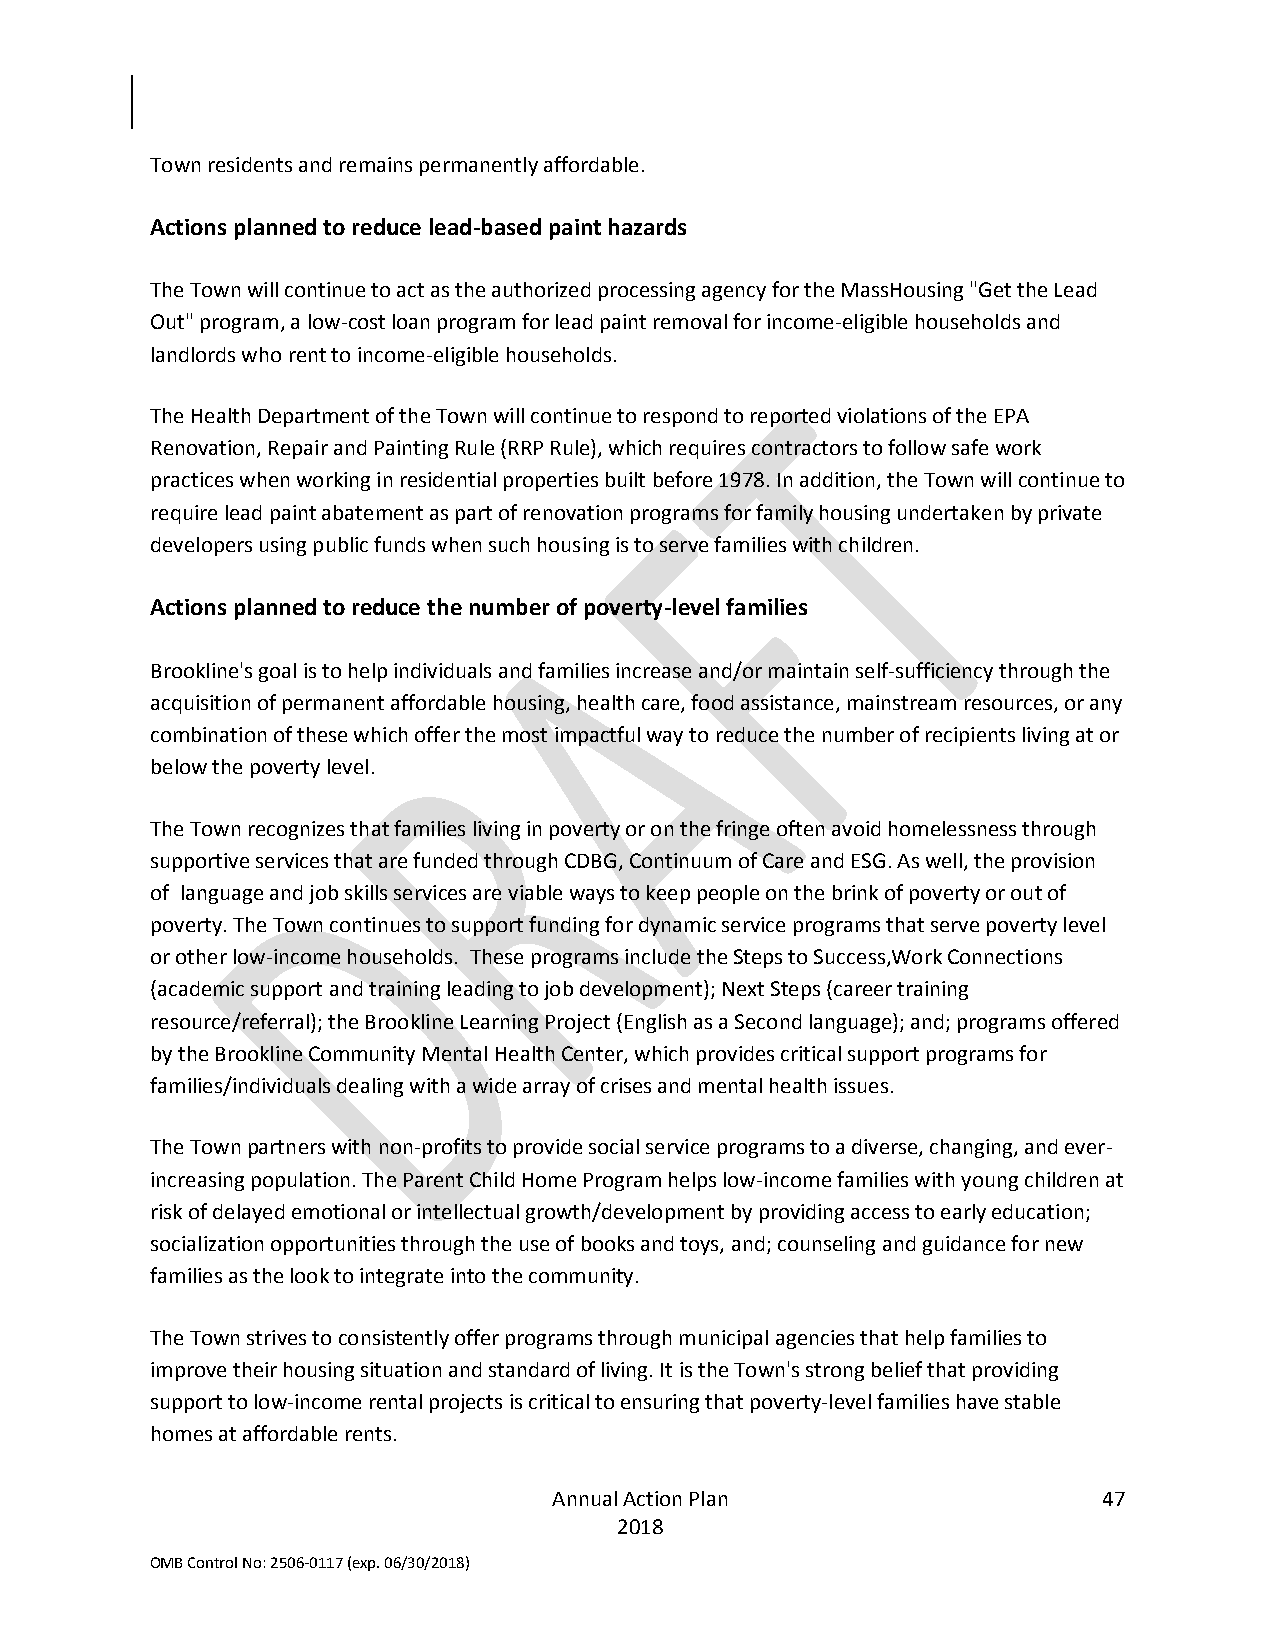
Town residents and remains permanently affordable.
 Actions planned to reduce lead-based paint hazards
 The Town will continue to act as the authorized processing agency for the MassHousing "Get the Lead
 Out" program, a low-cost loan program for lead paint removal for income-eligible households and
 landlords who rent to income-eligible households.
 The Health Department of the Town will continue to respond to reported violations of the EPA
 Renovation, Repair and Painting Rule (RRP Rule), which requires contractors to follow safe work
 practices when working in residential properties built before 1978. In addition, the Town will continue to
 require lead paint abatement as part of renovation programs for family housing undertaken by private
 developers using public funds when such housing is to serve families with children.
 Actions planned to reduce the number of poverty-level families
 Brookline's goal is to help individuals and families increase and/or maintain self-sufficiency through the
 acquisition of permanent affordable housing, health care, food assistance, mainstream resources, or any
 combination of these which offer the most impactful way to reduce the number of recipients living at or
 below the poverty level.
 The Town recognizes that families living in poverty or on the fringe often avoid homelessness through
 supportive services that are funded through CDBG, Continuum of Care and ESG. As well, the provision
 of language and job skills services are viable ways to keep people on the brink of poverty or out of
 poverty. The Town continues to support funding for dynamic service programs that serve poverty level
 or other low-income households. These programs include the Steps to Success,Work Connections
 (academic support and training leading to job development); Next Steps (career training
 resource/referral); the Brookline Learning Project (English as a Second language); and; programs offered
 by the Brookline Community Mental Health Center, which provides critical support programs for
 families/individuals dealing with a wide array of crises and mental health issues.
 The Town partners with non-profits to provide social service programs to a diverse, changing, and ever-
 increasing population. The Parent Child Home Program helps low-income families with young children at
 risk of delayed emotional or intellectual growth/development by providing access to early education;
 socialization opportunities through the use of books and toys, and; counseling and guidance for new
 families as the look to integrate into the community.
 The Town strives to consistently offer programs through municipal agencies that help families to
 improve their housing situation and standard of living. It is the Town's strong belief that providing
 support to low-income rental projects is critical to ensuring that poverty-level families have stable
 homes at affordable rents.
 Annual Action Plan                  47
 2018
 OMB Control No: 2506-0117 (exp. 06/30/2018)